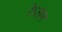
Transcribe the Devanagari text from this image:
रेप्लम